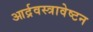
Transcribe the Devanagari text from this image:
आर्द्रवस्त्रावेष्टन